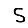
Digit: 5